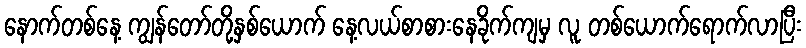
နောက်တစ်နေ့ ကျွန်တော်တို့နှစ်ယောက် နေ့လယ်စာစားနေခိုက်ကျမှ လူ တစ်ယောက်ရောက်လာပြီး